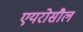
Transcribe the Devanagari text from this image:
एयरोसौल